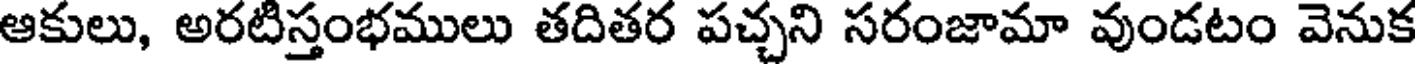
ఆకులు, అరటిస్తంభములు తదితర పచ్చని సరంజామా వుండటం వెనుక